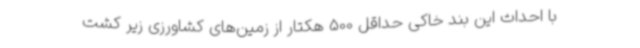
با احداث این بند خاکی حداقل 500 هکتار از زمین‌های کشاورزی زیر کشت